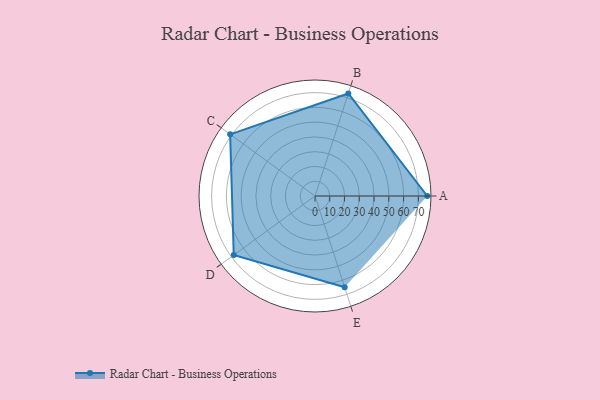
{"axis": {"x": "Skill", "y": "Score"}, "legend": ["Profile"], "data": [{"x": "A", "y": 76.0, "type": "Profile"}, {"x": "B", "y": 73.0, "type": "Profile"}, {"x": "C", "y": 71.0, "type": "Profile"}, {"x": "D", "y": 68.0, "type": "Profile"}, {"x": "E", "y": 65.0, "type": "Profile"}]}